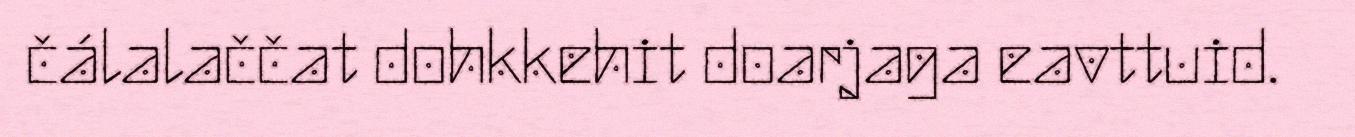
čálalaččat dohkkehit doarjaga eavttuid.